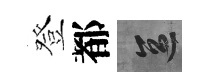
登都區